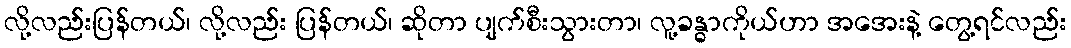
လို့လည်းပြန်တယ်၊ လို့လည်း ပြန်တယ်၊ ဆိုတာ ပျက်စီးသွားတာ၊ လူ့ခန္ဓာကိုယ်ဟာ အအေးနဲ့ တွေ့ရင်လည်း